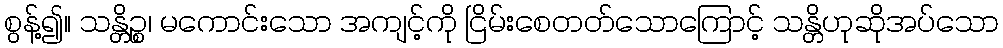
စွန့်၍။ သန္တိဉ္စ၊ မကောင်းသော အကျင့်ကို ငြိမ်းစေတတ်သောကြောင့် သန္တိဟုဆိုအပ်သော